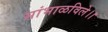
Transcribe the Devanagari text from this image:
सांभाळविले।।